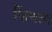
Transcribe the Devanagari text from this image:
फिंचला